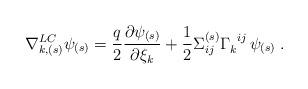
LaTeX: \begin{align*}\nabla_{k,(s)}^{LC}\psi_{(s)}={q\over 2}{\partial\psi_{(s)}\over\partial \xi_k}+{1\over 2}\Sigma_{ij}^{(s)}\Gamma_k^{\;\;ij}\,\psi_{(s)}\;.\end{align*}